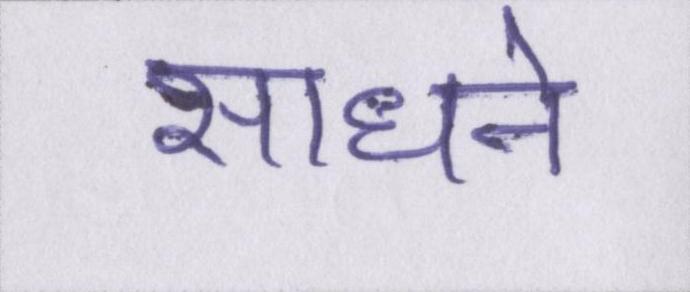
साधने